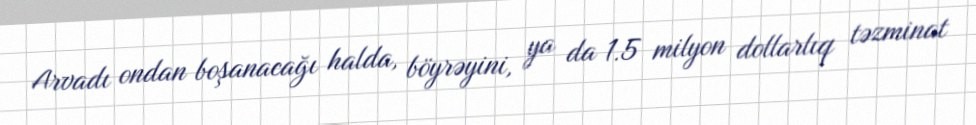
Arvadı ondan boşanacağı halda, böyrəyini, ya da 1.5 milyon dollarlıq təzminat